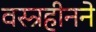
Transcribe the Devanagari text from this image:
वस्त्रहीनने